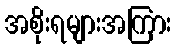
အစိုးရများအကြား